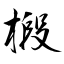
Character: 椴